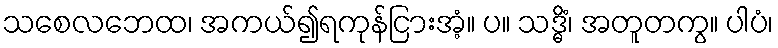
သစေလဘေထ၊ အကယ်၍ရကုန်ငြားအံ့။ ပ။ သဒ္ဓိံ၊ အတူတကွ။ ပါပံ၊